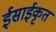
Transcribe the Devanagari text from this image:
ईसाईकृत